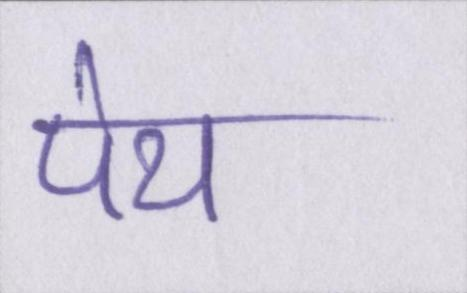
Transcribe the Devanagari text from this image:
पेय